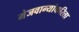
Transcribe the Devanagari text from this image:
मेजवान्यांकरिता